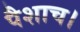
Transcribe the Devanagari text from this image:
पैशाच।